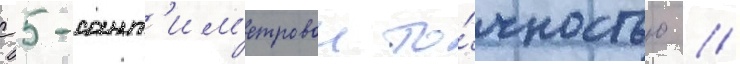
с 5-сант'им'етровои то́чностью //